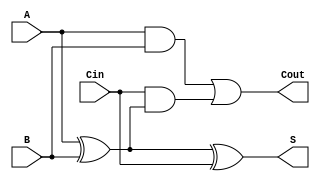
module FullAdder (
    input wire A,      // First input bit
    input wire B,      // Second input bit
    input wire Cin,    // Carry-in bit
    output wire S,     // Sum output
    output wire Cout    // Carry-out output
);

// Intermediate signals for carry calculations
wire AB;            // Carry from A and B
wire A_XOR_B;      // XOR result of A and B

// Compute the sum
assign A_XOR_B = A ^ B;      // A XOR B
assign S = A_XOR_B ^ Cin;    // S = (A XOR B) XOR Cin

// Compute the carry-out
assign AB = A & B;                     // A AND B
assign Cout = AB | (Cin & A_XOR_B);    // Cout = (A AND B) OR (Cin AND (A XOR B))

endmodule